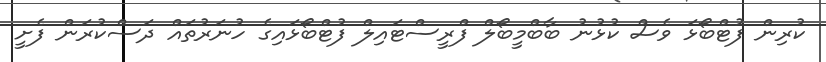
ކުރިން ފުޓްބޯޅަ ވެސް ކުޅުނު ބާބްމީބޯލް ފްރީސްޓައިލް ފުޓްބޯޅައިގެ ހުނަރުތައް ދަސްކުރަން ފެށީ